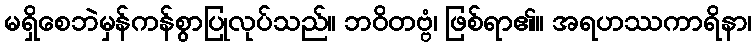
မရှိစေဘဲမှန်ကန်စွာပြုလုပ်သည်။ ဘဝိတဗ္ဗံ၊ ဖြစ်ရာ၏။ အရဟဿကာရိနာ၊